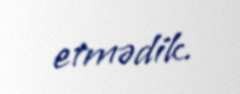
etmədik.